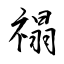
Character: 禢